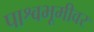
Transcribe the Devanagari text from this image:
पाश्वभूमीवर